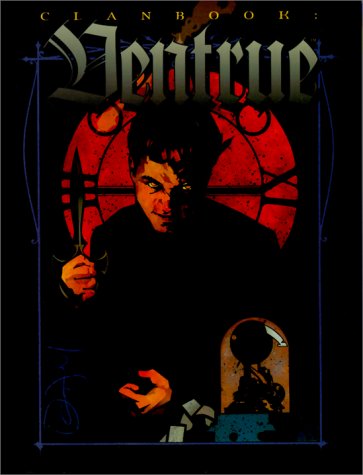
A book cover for Clanbook: Ventrue, Revised Edition (Vampire: The Masquerade Clanbooks); Deird're Brooks; Science Fiction & Fantasy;